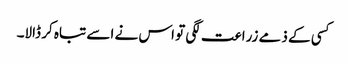
کسی کے ذمے زراعت لگی تو اس نے اسے تباہ کر ڈالا۔